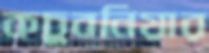
কচুবনিয়ার